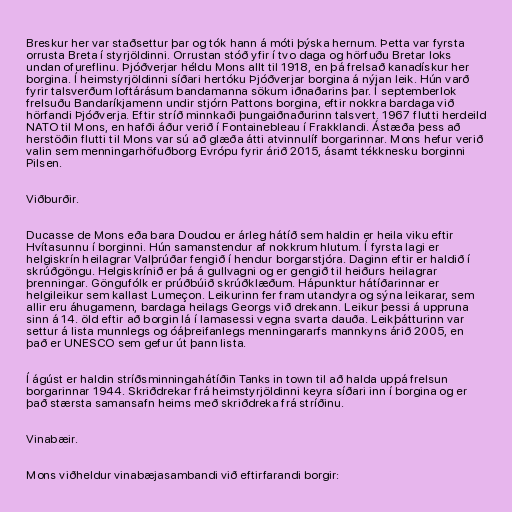
Breskur her var staðsettur þar og tók hann á móti þýska hernum. Þetta var fyrsta
orrusta Breta í styrjöldinni. Orrustan stóð yfir í tvo daga og hörfuðu Bretar loks
undan ofureflinu. Þjóðverjar héldu Mons allt til 1918, en þá frelsað kanadískur her
borgina. Í heimstyrjöldinni síðari hertóku Þjóðverjar borgina á nýjan leik. Hún varð
fyrir talsverðum loftárásum bandamanna sökum iðnaðarins þar. Í septemberlok
frelsuðu Bandaríkjamenn undir stjórn Pattons borgina, eftir nokkra bardaga við
hörfandi Þjóðverja. Eftir stríð minnkaði þungaiðnaðurinn talsvert. 1967 flutti herdeild
NATO til Mons, en hafði áður verið í Fontainebleau í Frakklandi. Ástæða þess að
herstöðin flutti til Mons var sú að glæða átti atvinnulíf borgarinnar. Mons hefur verið
valin sem menningarhöfuðborg Evrópu fyrir árið 2015, ásamt tékknesku borginni
Pilsen.

Viðburðir.

Ducasse de Mons eða bara Doudou er árleg hátíð sem haldin er heila viku eftir
Hvítasunnu í borginni. Hún samanstendur af nokkrum hlutum. Í fyrsta lagi er
helgiskrín heilagrar Valþrúðar fengið í hendur borgarstjóra. Daginn eftir er haldið í
skrúðgöngu. Helgiskrínið er þá á gullvagni og er gengið til heiðurs heilagrar
þrenningar. Göngufólk er prúðbúið skrúðklæðum. Hápunktur hátíðarinnar er
helgileikur sem kallast Lumeçon. Leikurinn fer fram utandyra og sýna leikarar, sem
allir eru áhugamenn, bardaga heilags Georgs við drekann. Leikur þessi á uppruna
sinn á 14. öld eftir að borgin lá í lamasessi vegna svarta dauða. Leikþátturinn var
settur á lista munnlegs og óáþreifanlegs menningararfs mannkyns árið 2005, en
það er UNESCO sem gefur út þann lista.

Í ágúst er haldin stríðsminningahátíðin Tanks in town til að halda uppá frelsun
borgarinnar 1944. Skriðdrekar frá heimstyrjöldinni keyra síðari inn í borgina og er
það stærsta samansafn heims með skriðdreka frá stríðinu.

Vinabæir.

Mons viðheldur vinabæjasambandi við eftirfarandi borgir: